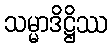
သမ္မာဒိဋ္ဌိဿ